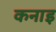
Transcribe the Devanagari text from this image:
कनाइ